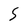
Character: S